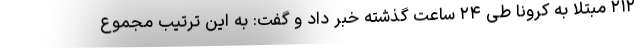
۲۱۲ مبتلا به کرونا طی ۲۴ ساعت گذشته خبر داد و گفت: به این ترتیب مجموع